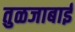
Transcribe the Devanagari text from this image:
तुळजाबाई